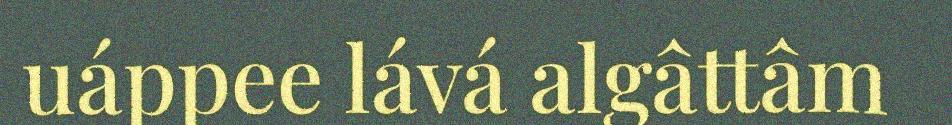
uáppee lává algâttâm